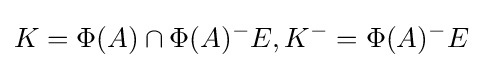
K=\Phi (A)\cap \Phi (A)^{-}E,K^{-}=\Phi (A)^{-}E